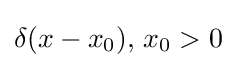
\delta (x-x_{0}),\,x_{0}>0